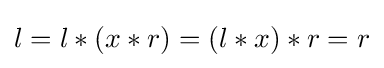
l=l*(x*r)=(l*x)*r=r